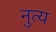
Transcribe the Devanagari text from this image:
नुत्य